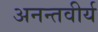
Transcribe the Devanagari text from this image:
अनन्तवीर्य